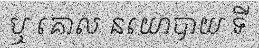
ឬ គោល នយោបាយ ទី